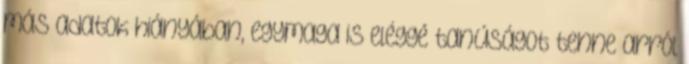
más adatok hiányában, egymaga is eléggé tanúságot tenne arról